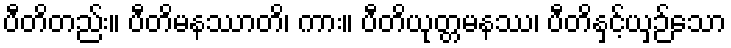
ပီတိတည်း။ ပီတိမနဿာတိ၊ ကား။ ပီတိယုတ္တမနဿ၊ ပီတိနှင့်ယှဉ်သော